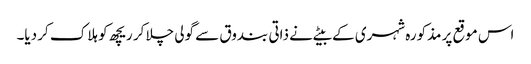
اس موقع پر مذکورہ شہری کے بیٹے نے ذاتی بندوق سے گولی چلا کر ریچھ کو ہلاک کر دیا۔